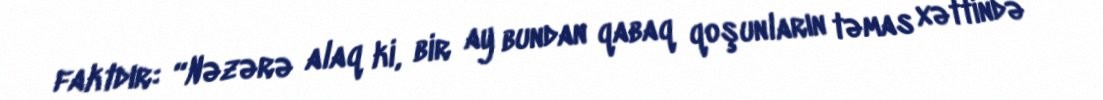
faktdır: “Nəzərə alaq ki, bir ay bundan qabaq qoşunların təmas xəttində